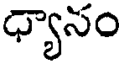
ధ్యానం